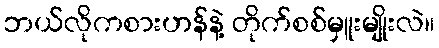
ဘယ်လိုကစားဟန်နဲ့ တိုက်စစ်မှူးမျိုးလဲ။